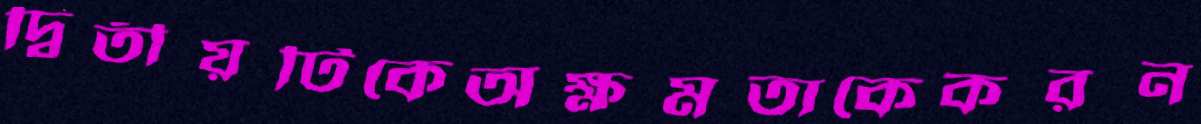
দ্বিতীয়টিকেঅক্ষমতাকেকরন